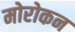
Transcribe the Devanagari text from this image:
मोरोकन